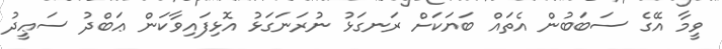
ވީމާ އޭގެ ސަބަބުން އެތައް ބަޔަކަށް ރަނގަޅު ނުރަނަގަޅު އޮޅިފައިވާކަން ޢަބްދު ސަޢީދު